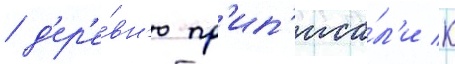
/ д'ер'е́вн'ю пр'ип'иса́л'и к